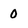
Character: 0